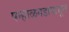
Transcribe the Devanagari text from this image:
पन्हाळगडापासून